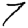
Digit: 7